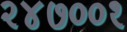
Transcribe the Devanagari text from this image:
२४७००१